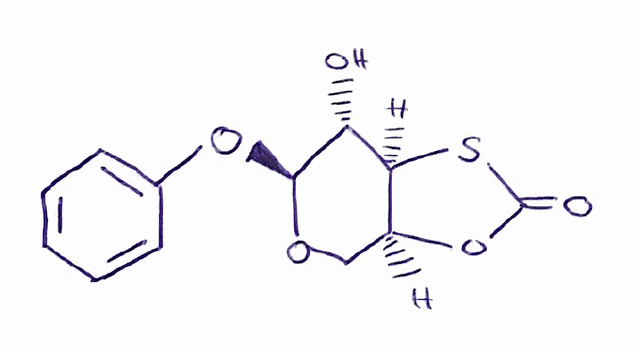
Simplified molecular-input line-entry system (SMILES) notation of the given molecule:
C1[C@H]2[C@@H]([C@H]([C@@H](O1)OC3=CC=CC=C3)O)SC(=O)O2